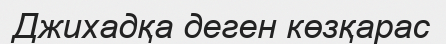
Джихадқа деген көзқарас